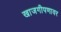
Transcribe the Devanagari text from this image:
खाजगीपणावर